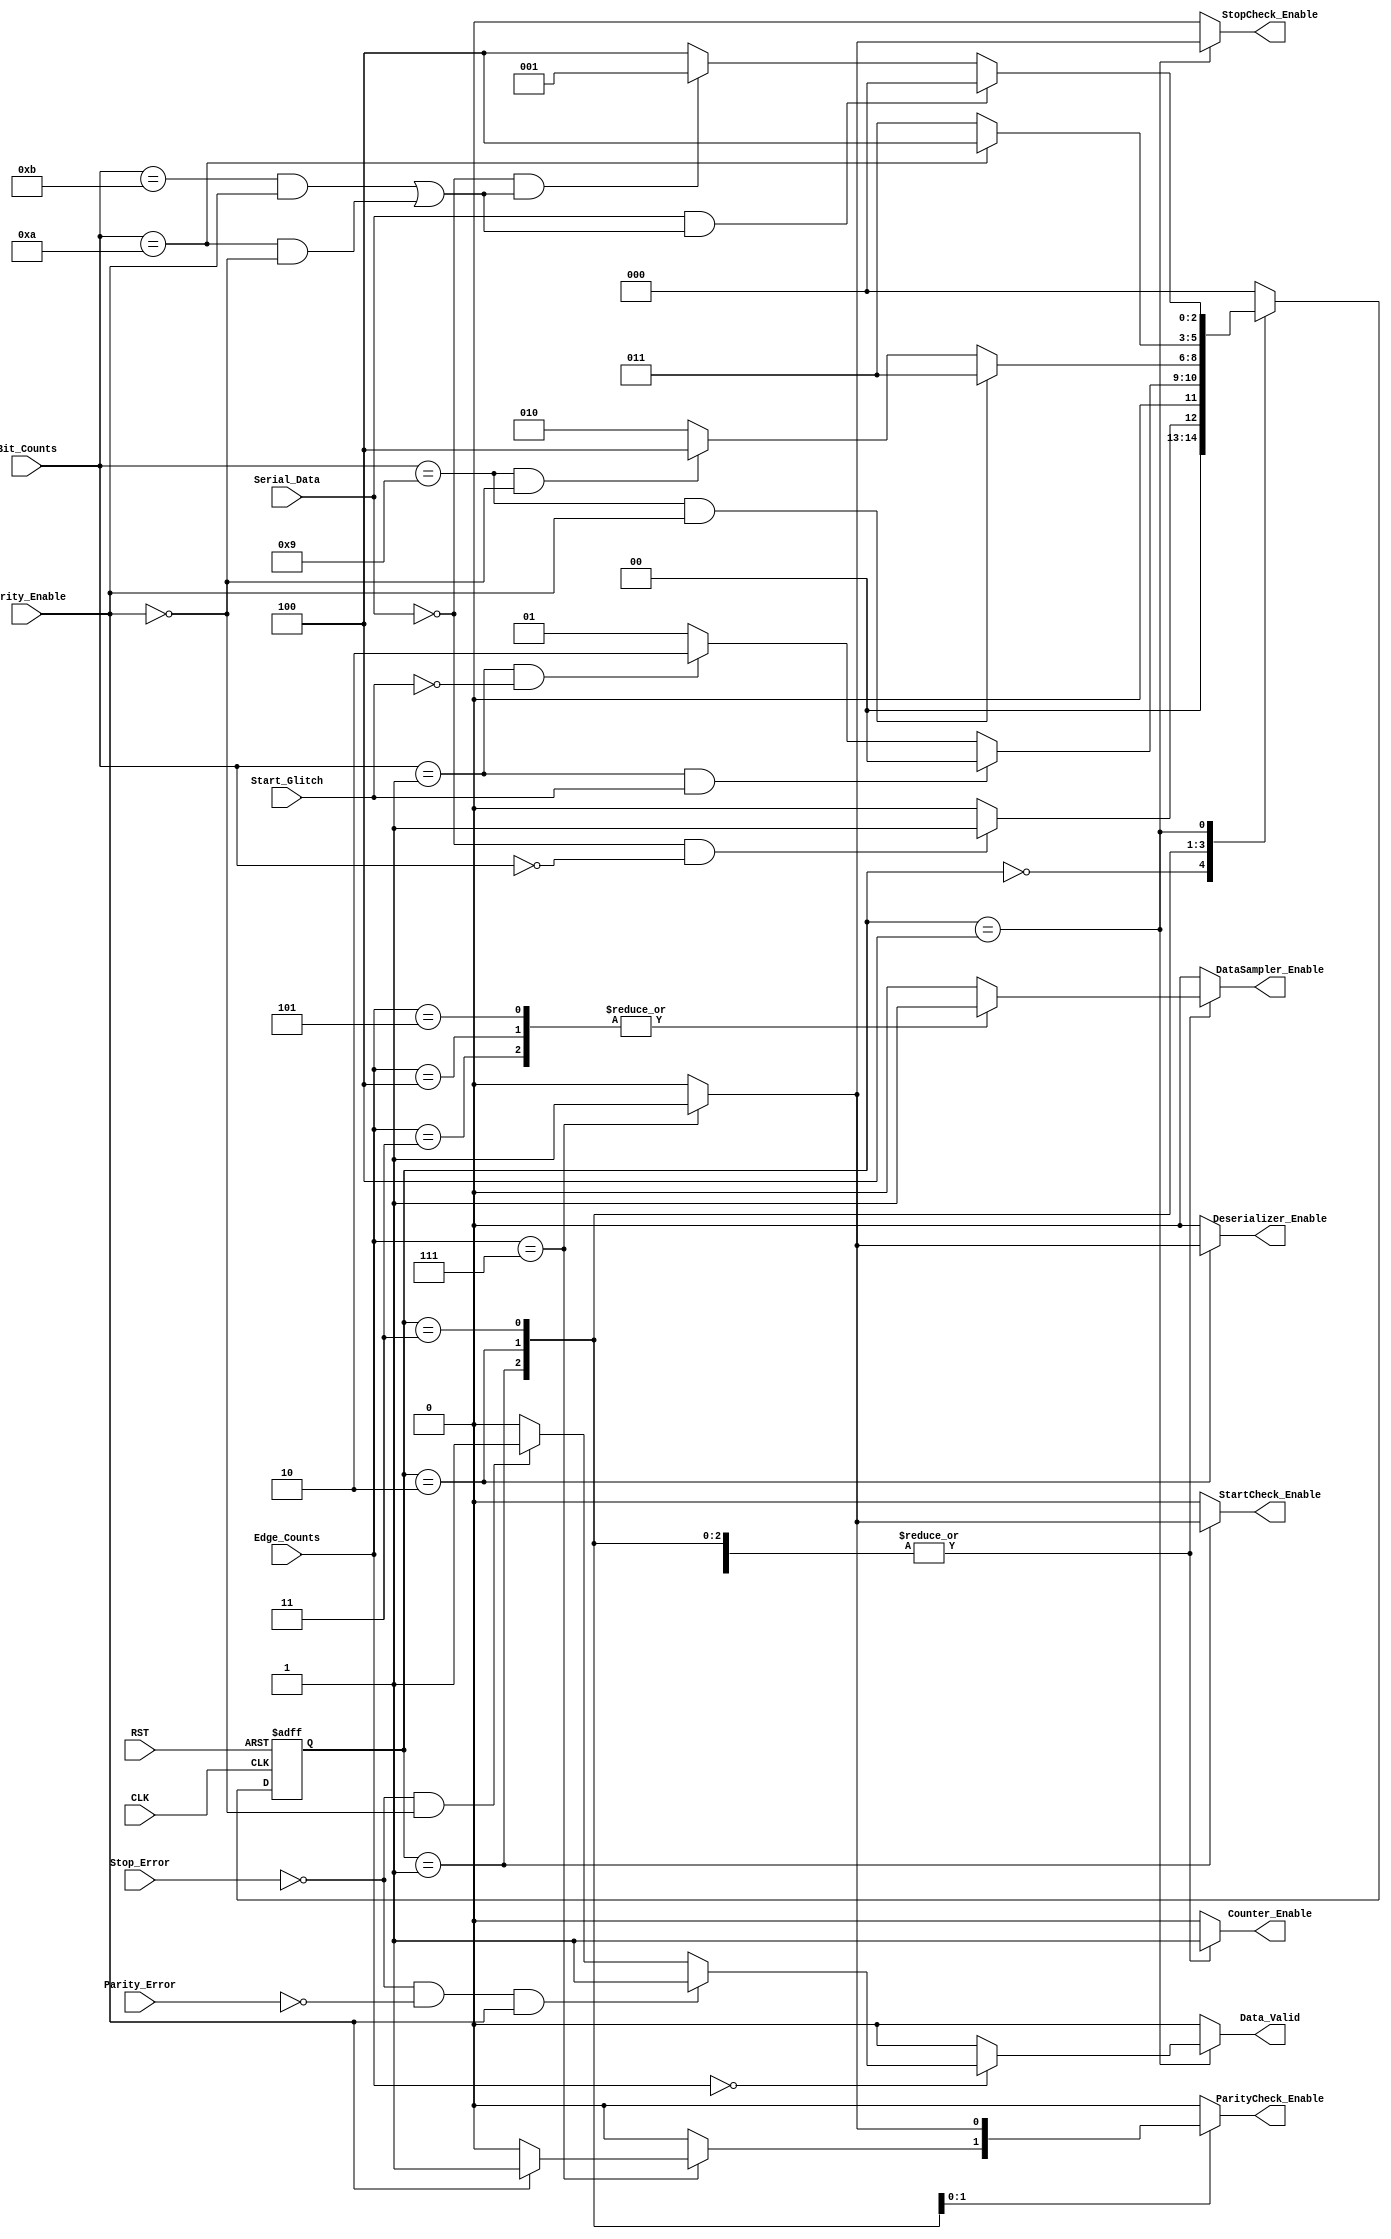
module RX_FSM 
(
  input wire          CLK,
  input wire          RST,
  input wire          Parity_Enable,
  input wire          Serial_Data,
  input wire  [3:0]   Bit_Counts,
  input wire  [2:0]   Edge_Counts,
  input wire          Parity_Error,
  input wire          Start_Glitch,
  input wire          Stop_Error,

  output reg          Counter_Enable,
  output reg          Deserializer_Enable,
  output reg          DataSampler_Enable,
  output reg          ParityCheck_Enable,
  output reg          StartCheck_Enable,
  output reg          StopCheck_Enable,

  output reg          Data_Valid
);

localparam  IDLE = 3'b000,
            START = 3'b001,
            DATA = 3'b010,
            PARITY = 3'b011,
            STOP = 3'b100;


localparam EDGE3 = 3'd3,
           EDGE4 = 3'd4,
           EDGE5 = 3'd5,
           EDGE7 = 3'd7,
           EDGE0 = 3'd0;


reg [2:0] Current_State;
reg [2:0] Current_State_comb;


always @ (posedge CLK or negedge RST)
  begin
    if(!RST)
      begin
        Current_State <= IDLE;
      end
    else
      begin
        Current_State <= Current_State_comb;
      end
  end


always @ (*)
  begin
    case(Current_State)
      IDLE:   begin
                if(!Serial_Data && !Bit_Counts)
                  begin
                    Current_State_comb = START;
                  end          
                else
                  begin
                    Current_State_comb = IDLE;
                  end
              end
      START:  begin
                if(Bit_Counts == 4'd1 && Start_Glitch)
                  begin
                    Current_State_comb = IDLE;  
                  end
                else if (Bit_Counts == 4'd1 && !Start_Glitch)
                  begin
                    Current_State_comb = DATA;
                  end
                else
                  begin
                    Current_State_comb = START;
                  end
              end
      DATA:   begin
                if(Bit_Counts == 4'd9 && Parity_Enable) 
                  begin
                    Current_State_comb = PARITY;
                  end
                else if(Bit_Counts == 4'd9 && !Parity_Enable)
                  begin
                    Current_State_comb = STOP;
                  end
                else
                  begin
                    Current_State_comb = DATA;
                  end
              end
      PARITY: begin
                if (Bit_Counts == 4'd10)
                  begin
                    Current_State_comb = STOP;
                  end
                else
                  begin
                    Current_State_comb = PARITY;
                  end
              end
      STOP:   begin
                if (Serial_Data && ((Bit_Counts == 4'd11 && Parity_Enable) || (Bit_Counts == 4'd10 && !Parity_Enable)))
                  begin
                    Current_State_comb = IDLE;
                  end
                else if (!Serial_Data && ((Bit_Counts == 4'd11 && Parity_Enable) || (Bit_Counts == 4'd10 && !Parity_Enable)))
                  begin
                    Current_State_comb = START;
                  end
                else
                  begin
                    Current_State_comb = STOP;
                  end
              end
      default:begin
                Current_State_comb = IDLE;  
              end
    endcase
  end



always @ (*)
  begin
    Counter_Enable = 0;
    ParityCheck_Enable = 0;
    StartCheck_Enable = 0;
    StopCheck_Enable = 0;
    DataSampler_Enable = 0;
    Deserializer_Enable = 0;
    Data_Valid = 0;
    case(Current_State)
      IDLE:   begin
                //no changes
              end
      START:  begin
                Counter_Enable = 1;
                case(Edge_Counts)
                  EDGE3:    begin
                              DataSampler_Enable = 1;
                            end
                  EDGE4:    begin
                              DataSampler_Enable = 1;
                            end
                  EDGE5:    begin
                              DataSampler_Enable = 1;
                            end
                  EDGE7:    begin
                              StartCheck_Enable = 1;
                            end
                  default:  begin
                              DataSampler_Enable = 0;
                              Deserializer_Enable = 0;
                              StartCheck_Enable = 0;
                            end
                endcase
              end
      DATA:   begin
                Counter_Enable = 1;
                case(Edge_Counts)
                  EDGE3:    begin
                              DataSampler_Enable = 1;
                            end
                  EDGE4:    begin
                              DataSampler_Enable = 1;
                            end
                  EDGE5:    begin
                              DataSampler_Enable = 1;
                            end
                  EDGE7:    begin
                              Deserializer_Enable = 1;
                              if(Parity_Enable)
                                begin
                                  ParityCheck_Enable = 1;
                                end 
                              else
                                begin
                                  ParityCheck_Enable = 0;
                                end
                            end
                  default:  begin
                              DataSampler_Enable = 0;
                              Deserializer_Enable = 0;
                              ParityCheck_Enable = 0;
                            end
                endcase
              end
      PARITY: begin
                Counter_Enable = 1;
                case(Edge_Counts)
                  EDGE3:    begin
                              DataSampler_Enable = 1;
                            end
                  EDGE4:    begin
                              DataSampler_Enable = 1;
                            end
                  EDGE5:    begin
                              DataSampler_Enable = 1;
                            end
                  EDGE7:    begin
                              ParityCheck_Enable = 1;
                            end
                  default:  begin
                              DataSampler_Enable = 0;
                              ParityCheck_Enable = 0;
                            end
                endcase
              end
      STOP:   begin
                Counter_Enable = 1;
                case(Edge_Counts)
                  EDGE3:    begin
                              DataSampler_Enable = 1;
                            end
                  EDGE4:    begin
                              DataSampler_Enable = 1;
                            end
                  EDGE5:    begin
                              DataSampler_Enable = 1;
                            end
                  EDGE7:    begin
                              StopCheck_Enable = 1;
                            end
                  EDGE0:    begin
                              if(!Stop_Error && !Parity_Error && Parity_Enable)
                                begin
                                  Data_Valid = 1;
                                end
                              else if (!Stop_Error && !Parity_Enable)
                                begin
                                  Data_Valid = 1;
                                end
                              else
                                begin
                                  Data_Valid = 0;
                                end
                            end
                  default:  begin
                              DataSampler_Enable = 0;
                              StopCheck_Enable = 0;
                            end
                endcase
              end
      default:begin
                Counter_Enable = 0;
                ParityCheck_Enable = 0;
                StartCheck_Enable = 0;
                StopCheck_Enable = 0;
                DataSampler_Enable = 0;
                Deserializer_Enable = 0;
                Data_Valid = 0;
              end
    endcase
  end





endmodule